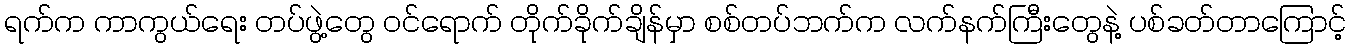
ရက်က ကာကွယ်ရေး တပ်ဖွဲ့တွေ ဝင်ရောက် တိုက်ခိုက်ချိန်မှာ စစ်တပ်ဘက်က လက်နက်ကြီးတွေနဲ့ ပစ်ခတ်တာကြောင့်